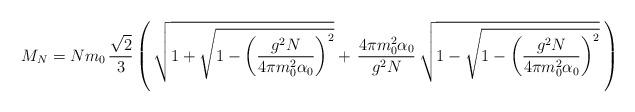
LaTeX: \begin{align*}M_N=Nm_0\,\frac{\sqrt{2}}{3}\left(\,\sqrt{1+\sqrt{1-\left(\frac{g^2N}{4\pi m_0^2\alpha_0}\right)^2}}+\,\frac{4\pi m_0^2\alpha_0}{g^2N}\,\sqrt{1-\sqrt{1-\left(\frac{g^2N}{4\pi m_0^2\alpha_0}\right)^2}}\;\right)\end{align*}